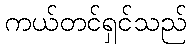
ကယ်တင်ရှင်သည်